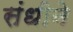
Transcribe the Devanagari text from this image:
संधीने